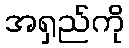
အရှည်ကို